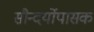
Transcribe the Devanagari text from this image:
सौन्दर्योपासक